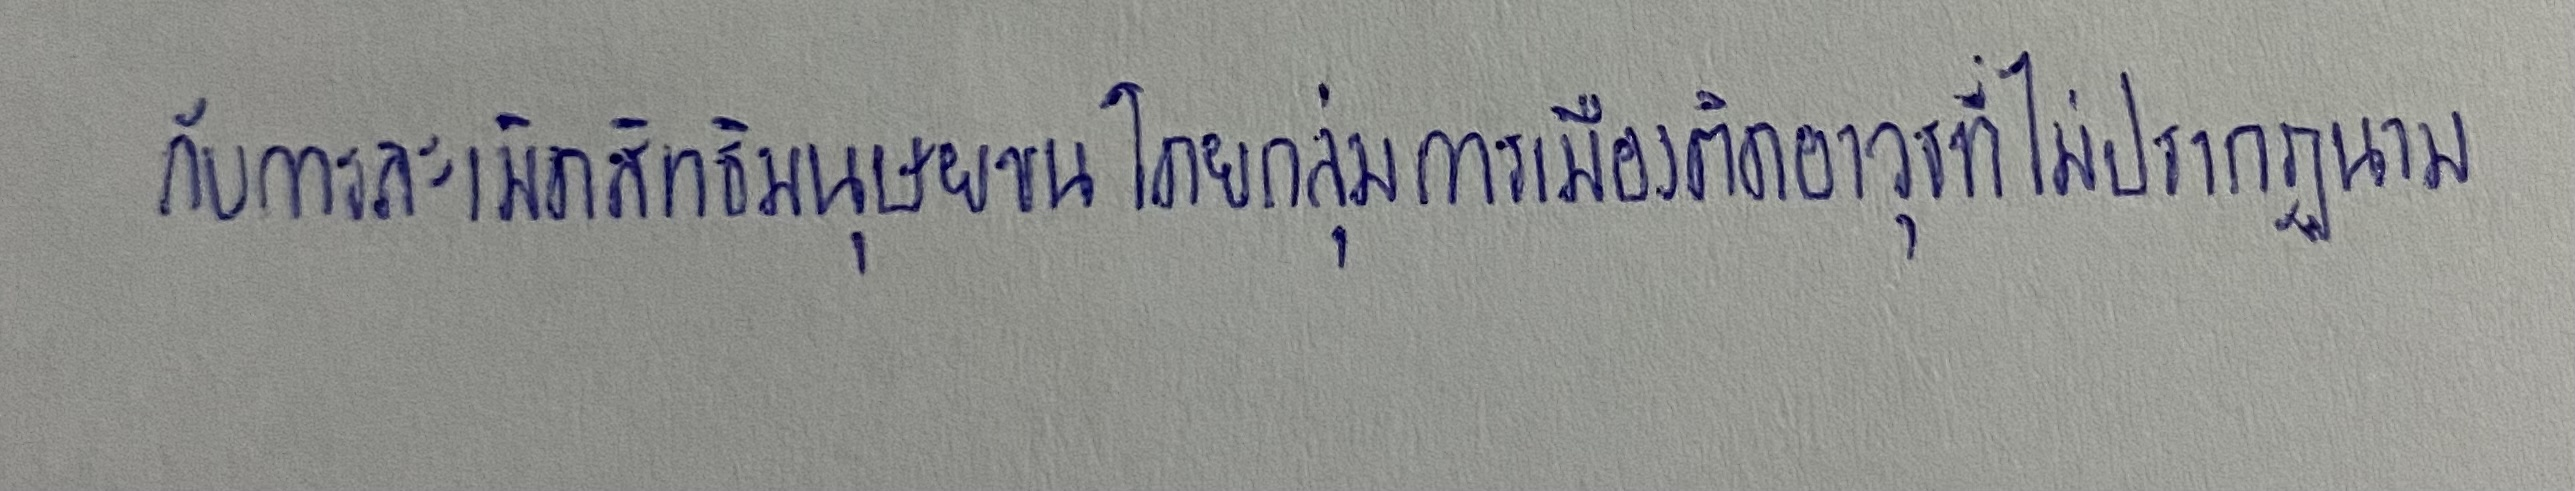
กับการละเมิดสิทธิมนุษยชนโดยกลุ่มการเมืองติดอาวุธที่ไม่ปรากฏนาม